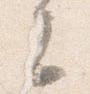
云